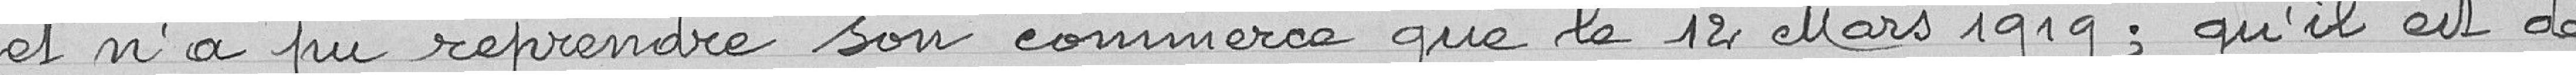
et il n'a pu reprendre son commerce que le 12 Mars 1919 ; qu'il est de